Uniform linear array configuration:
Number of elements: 24
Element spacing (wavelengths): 0.5
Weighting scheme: cosine
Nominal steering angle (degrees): -60
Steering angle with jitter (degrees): -60.16
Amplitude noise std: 0.05
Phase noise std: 0.05

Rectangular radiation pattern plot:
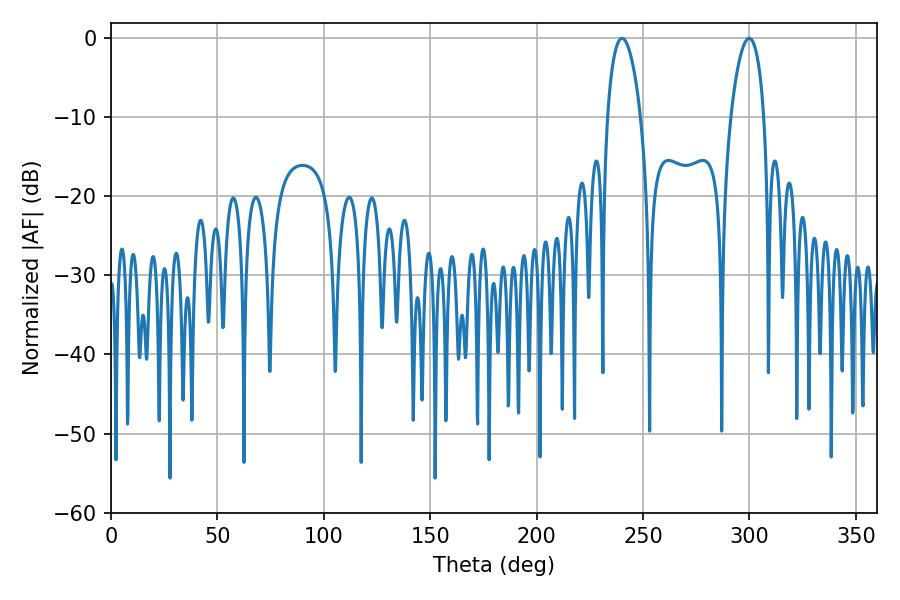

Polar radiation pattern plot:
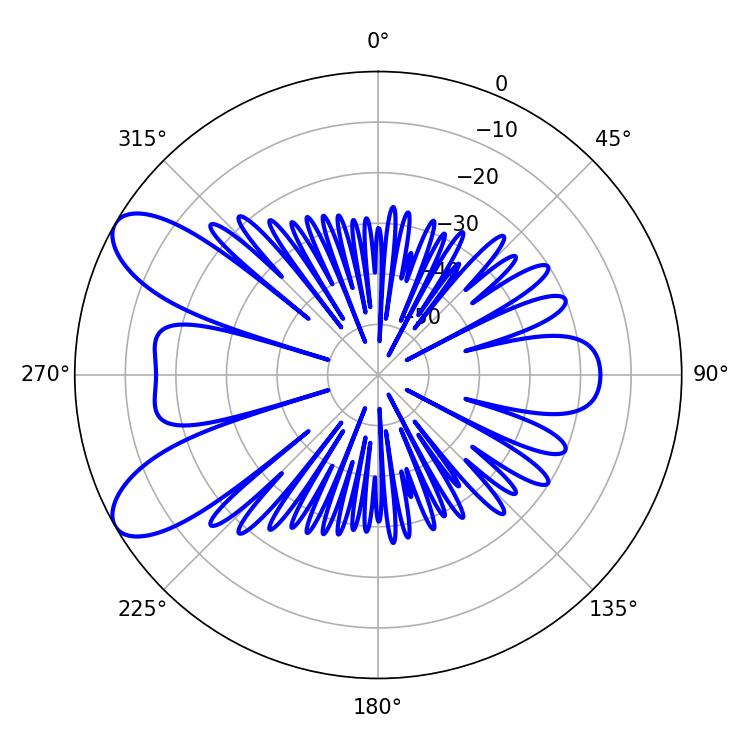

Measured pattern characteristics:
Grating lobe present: FALSE
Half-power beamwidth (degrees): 8.82
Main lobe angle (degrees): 240.12